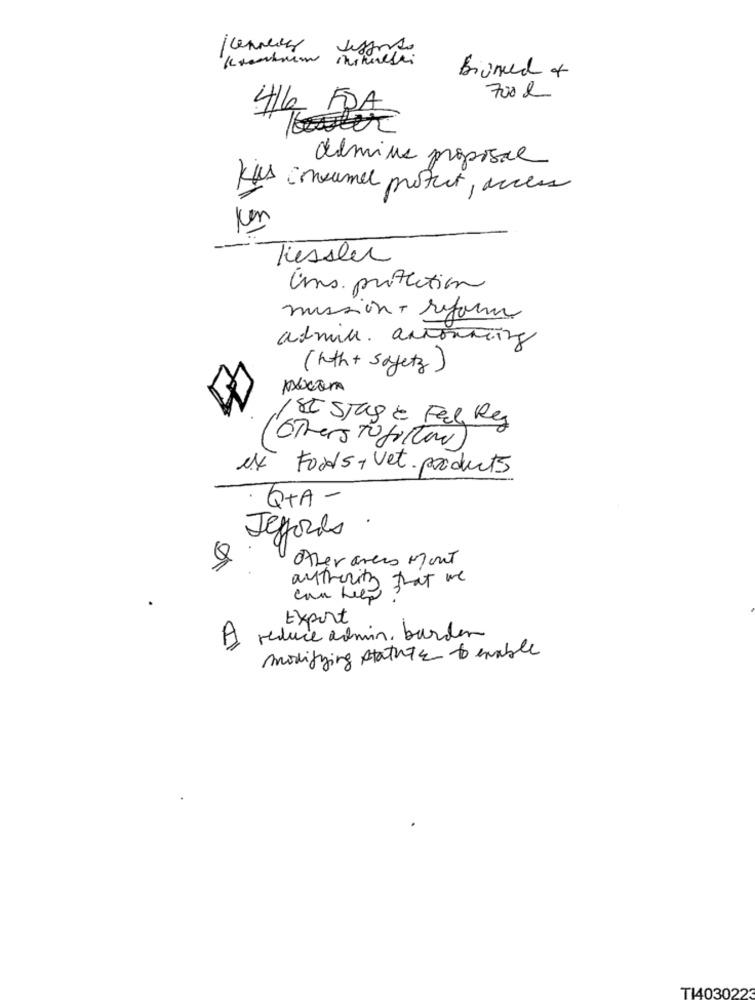
Bioned of
700 L
4/6 FDA
delmine proposal
Kus consumel protect, access
Kessler
Uns. protection
mission - reform
admile. antonning
(hth+sojetz)
1 St Stag & Fel Rey
Others To follow)
ex
Foods, vet. products
QTA-
.
Jeffords
Q
other areas Mont
authority that we
can help
Export
A
reduce admin, burden
modifying statues to enable
T14030223